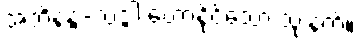
အဘိနန္ဒ-သဒ္ဒါ ဟောနိုင်သော သုံးနက်။